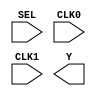
`timescale 1 ns/100 ps
// Version: 


module ICB_NGMUX(
       SEL,
       CLK0,
       CLK1,
       Y
    )
/* synthesis black_box

*/
/* synthesis black_box black_box_pad ="" */
 ;
input  SEL;
input  CLK0;
input  CLK1;
output Y;
parameter NGMUX_MODE = 'h0;
parameter CLK0_SOURCE_SEL = 'h0;
parameter CLK1_SOURCE_SEL = 'h0;

endmodule